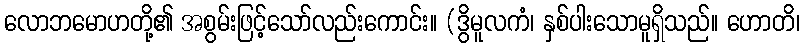
လောဘမောဟတို့၏ အစွမ်းဖြင့်သော်လည်းကောင်း။ (ဒွိမူလကံ၊ နှစ်ပါးသောမူရှိသည်။ ဟောတိ၊